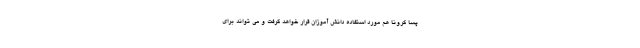
پسا کرونا هم مورد استفاده دانش آموزان قرار خواهد گرفت و می تواند برای